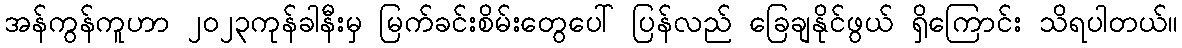
အန်ကွန်ကူဟာ ၂၀၂၃ကုန်ခါနီးမှ မြက်ခင်းစိမ်းတွေပေါ် ပြန်လည် ခြေချနိုင်ဖွယ် ရှိကြောင်း သိရပါတယ်။